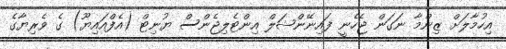
އިހުމާލަށް ޒިންމާ ނަގަން ޖެހެނީ ފައިނޭންޝަލް އިންޓެލިޖެންސް ޔުނިޓް (އެފްއައިޔޫ) ގެ ވެރިޔާގެ